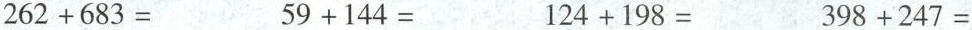
$$2 6 2 + 6 8 3 =$$ $$5 9 + 1 4 4 =$$ $$1 2 4 + 1 9 8 =$$ $$3 9 8 + 2 4 7 =$$